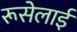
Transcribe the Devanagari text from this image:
रूसेलाई